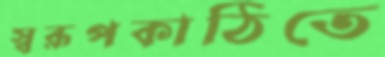
স্বরূপকাঠিতে